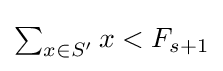
{\textstyle \sum _{x\in S'}x<F_{s+1}}